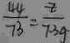
\frac { 4 4 } { 7 3 } = \frac { z } { 7 . 3 g }